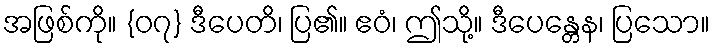
အဖြစ်ကို။ {၀၇} ဒီပေတိ၊ ပြ၏။ ဧဝံ၊ ဤသို့။ ဒီပေန္တေန၊ ပြသော။